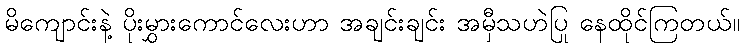
မိကျောင်းနဲ့ ပိုးမွှားကောင်လေးဟာ အချင်းချင်း အမှီသဟဲပြု နေထိုင်ကြတယ်။